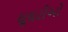
ઘૂઘરીઓ